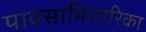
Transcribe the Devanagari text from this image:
पावसाभिसारिका